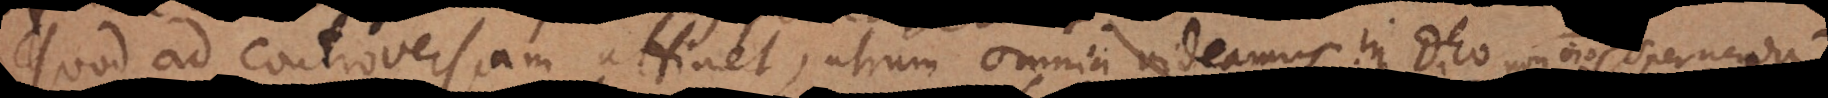
Quod ad controversiam attinet, utrum omnia videamus in Deo (quae